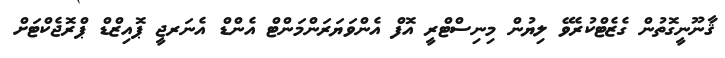
ޤާނޫނީގޮތުން ގެޒެޓްކުރެވޭ ލިޔުން މިނިސްޓްރީ އޮފް އެންވަޔަރަންމަންޓް އެންޑް އެނަރޖީ ޕޮއިޒްޑް ޕްރޮޖެކްޓަށް